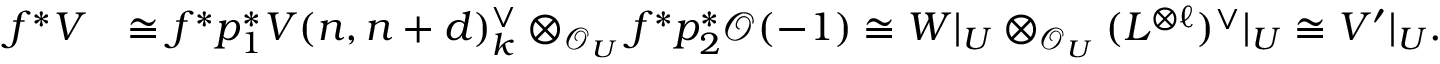
\begin{array} { r l } { f ^ { * } V } & { \cong f ^ { * } p _ { 1 } ^ { * } V ( n , n + d ) _ { k } ^ { \vee } \otimes _ { { \mathcal { O } } _ { U } } f ^ { * } p _ { 2 } ^ { * } { \mathcal { O } } ( - 1 ) \cong W | _ { U } \otimes _ { { \mathcal { O } } _ { U } } ( L ^ { \otimes \ell } ) ^ { \vee } | _ { U } \cong V ^ { \prime } | _ { U } . } \end{array}